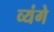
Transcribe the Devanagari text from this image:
व्यंगे